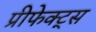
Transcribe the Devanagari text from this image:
प्रीफेक्ट्स